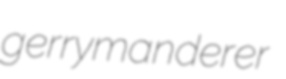
gerrymanderer